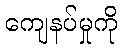
ကျေနပ်မှုကို